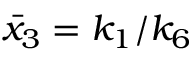
\bar { x } _ { 3 } = k _ { 1 } / k _ { 6 }